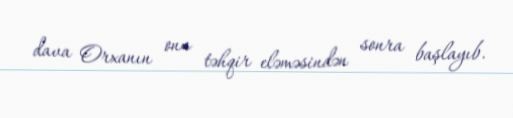
dava Orxanın onu təhqir eləməsindən sonra başlayıb.